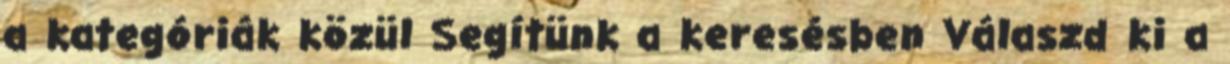
a kategóriák közül Segítünk a keresésben Válaszd ki a